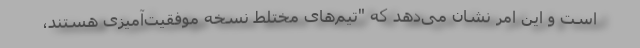
است و این امر نشان می‌دهد که "تیم‌های مختلط نسخه موفقیت‌آمیزی هستند،